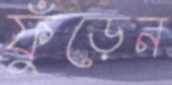
ফুঁড়েন